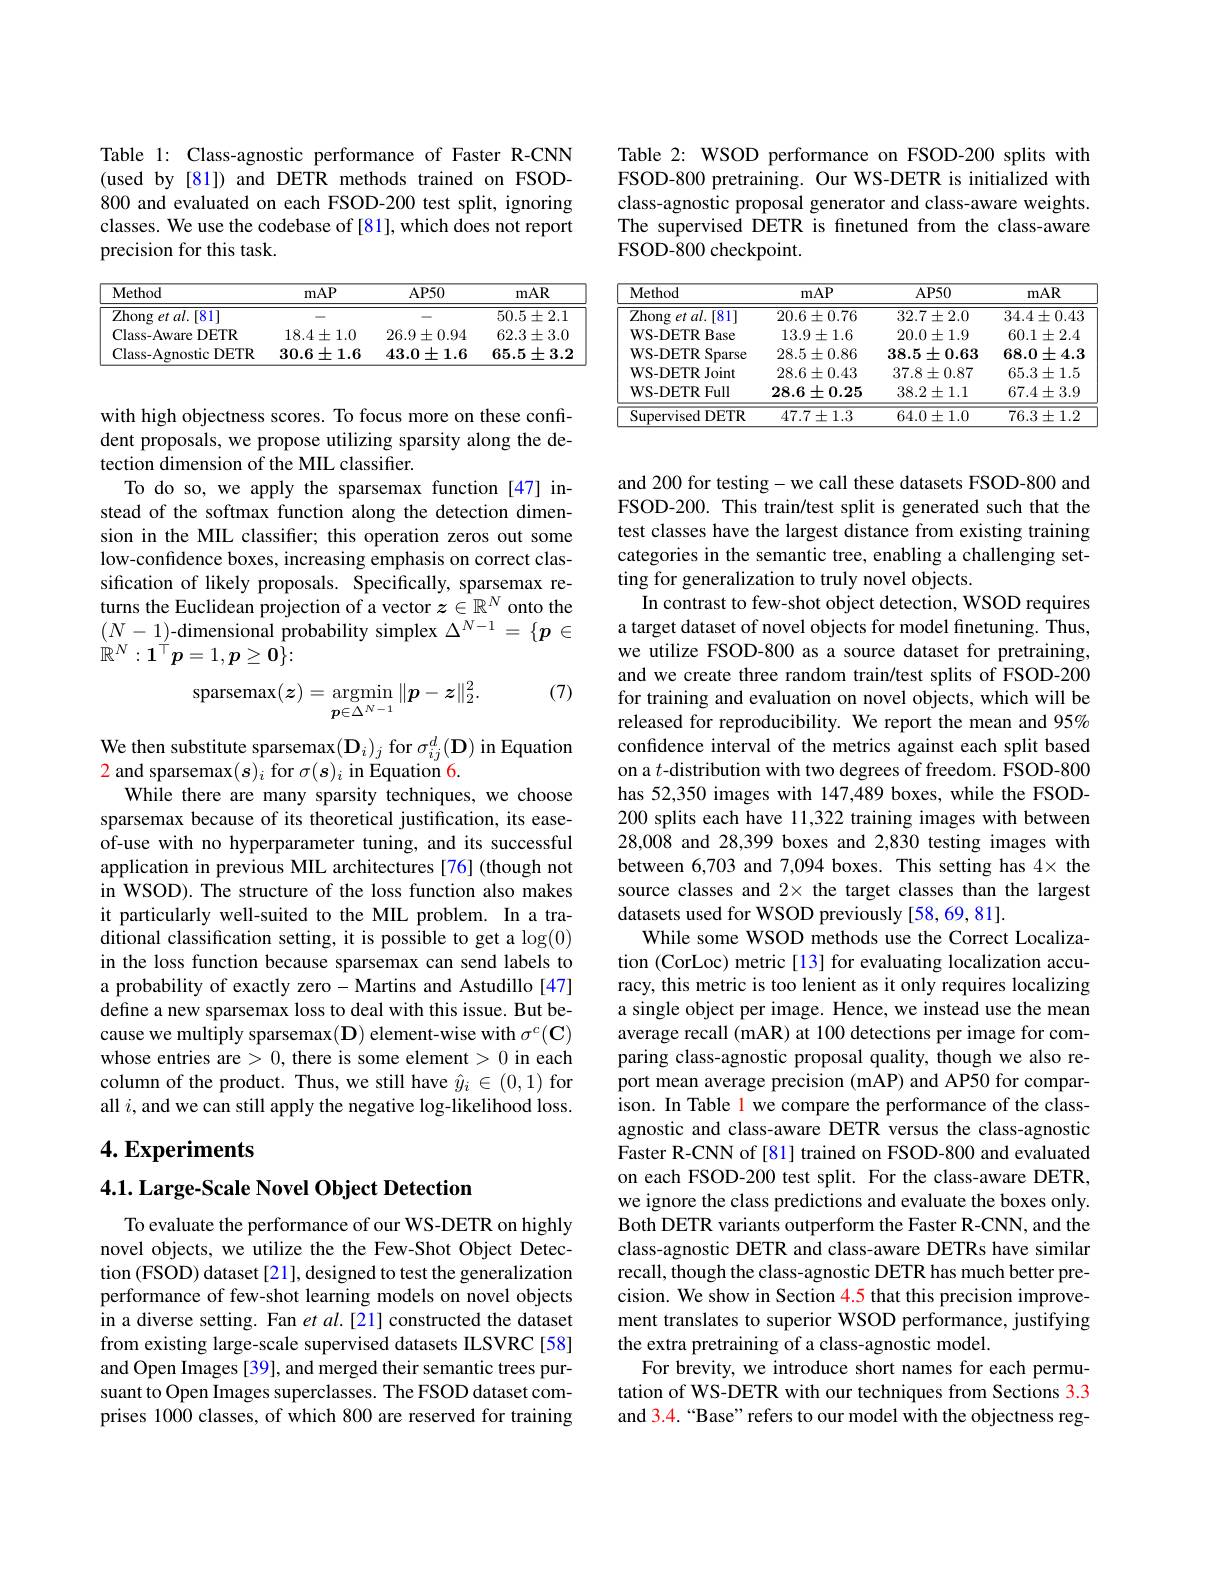
Table 1: Class-agnostic performance of Faster R-CNN (used by[81]) and DETR methods trained on FSOD- 800 and evaluated on each FSOD-200 test split, ignoring classes. We use the codebase of [81], which does not report precision for this task.

<table>
	<tbody>
		<tr>
			<th>Method</th>
			<th>mAP</th>
			<th>$AP50$</th>
			<th>mAR</th>
		</tr>
		<tr>
			<td>Zhong et al. [ 81] </td>
			<td> </td>
			<td> </td>
			<td>$50.5\pm2.1$</td>
		</tr>
		<tr>
			<td>Class-Aware DETR</td>
			<td>$18.4\pm1.0$</td>
			<td>$26.9\pm0.94$</td>
			<td>$62.3\pm3.0$</td>
		</tr>
		<tr>
			<td>Class- Agnostic DETR</td>
			<td>$30.6\pm1.6$</td>
			<td>$43.0\pm1.6$</td>
			<td>$65.5\pm3.2$</td>
		</tr>
	</tbody>
</table>

with high objectness scores. To focus more on these confident proposals, we propose utilizing sparsity along the detection dimension of the MIL classifier.
To do so, we apply the sparsemax function [47] instead of the softmax function along the detection dimension in the MIL classifier; this operation zeros out some low-confdence boxes, increasing emphasis on correct classification of likely proposals. Specifically, sparsemax returns the Euclidean projection of a vector $z\in\mathbb{R}^N$ onto the $(N-1)$-dimensional probability simplex $\Delta^N-1=\{p\in$ $\dot{\mathbb{R}}^N:1^{\acute{\top}}p=1,\boldsymbol{p}\geq\boldsymbol{0}\}:$
(7)
$$\mathop{\mathrm{sparsemax}}(\boldsymbol{z})=\mathop{\mathrm{argmin}}_{\boldsymbol{p}\in\Delta^{N-1}}\|\boldsymbol{p}-\boldsymbol{z}\|_{2}^{2}.$$
We then substitute sparsemax$(\mathbf{D}_{i})_{j}$ for $\sigma_ij^d(\mathbf{D})$ in Equation
$\color{red}{2\text{ and sparsemax}(\boldsymbol{s})_i\text{ for }\sigma(\boldsymbol{s})_i\text{ in Equation 6.}}$
While there are many sparsity techniques, we choose sparsemax because of its theoretical justification, its ease- ${\mathrm{of-use~with~no~hyperparameter~tuning,~and~its~successful}}$ application in previous MIL architectures [76] (though not in WSOD). The structure of the loss function also makes it particularly well-suited to the MIL problem. In a traditional classification setting, it is possible to get a $\log(0)$ in the loss function because sparsemax can send labels to a probability of exactly zero- Martins and Astudillo [47] define a new sparsemax loss to deal with this issue. But because we multiply sparsemax(D) element-wise with $\sigma^c(\mathbf{C})$ whose entries are > 0, there is some element > 0 in each column of the product. Thus, we still have $\hat{y}_i\in(0,1)$ for all $i$, and we can still apply the negative log-likelihood loss.

## $4. \textbf{Experiments}$

### $4. 1. \textbf{Large- Scale Novel Object Detection}$

To evaluate the performance of our WS-DETR on highly novel objects, we utilize the the Few-Shot Object Detection (FSOD) dataset [21], designed to test the generalization performance of few-shot learning models on novel objects in a diverse setting. Fan et al.[21] constructed the dataset from existing large-scale supervised datasets ILSVRC [58] and Open Images [39], and merged their semantic trees pursuant to Open Images superclasses. The FSOD dataset comprises 1000 classes, of which 800 are reserved for training

Table 2: WSOD performance on FSOD-200 splits with FSOD-800 pretraining. Our WS-DETR is initialized with class-agnostic proposal generator and class-aware weights. The supervised DETR is fnetuned from the class-aware FSOD-800 checkpoint.

<table>
	<tbody>
		<tr>
			<th>Method</th>
			<th>mAP</th>
			<th>$AP50$</th>
			<th>mAR</th>
		</tr>
		<tr>
			<td>$Z$hong et al.[81]</td>
			<td>$20.6\pm0.76$</td>
			<td>$32.7\pm2.0$</td>
			<td>$34.4\pm0.43$</td>
		</tr>
		<tr>
			<td>WS-DETR Base</td>
			<td>$13.9\pm1.6$</td>
			<td>$20.0\pm1.9$</td>
			<td>$60.1\pm2.4$</td>
		</tr>
		<tr>
			<td>WS-DETR Sparse</td>
			<td>$28.5\pm0.86$</td>
			<td>$38.5\pm0.63$</td>
			<td>$68.0\pm4.3$</td>
		</tr>
		<tr>
			<td>WS- DETR Joint</td>
			<td>$28.6\pm0.43$</td>
			<td>$37.8\pm0.87$</td>
			<td>$65.3\pm1.5$</td>
		</tr>
		<tr>
			<td>WS-DETR Full</td>
			<td>$28.6\pm0.25$</td>
			<td>$38.2\pm1.1$</td>
			<td>$67.4\pm3.9$</td>
		</tr>
		<tr>
			<td>Supervised DETR</td>
			<td>$47.7\pm1.3$</td>
			<td>$64.0\pm1.0$</td>
			<td>$76.3\pm1.2$</td>
		</tr>
	</tbody>
</table>

and 200 for testing- we call these datasets FSOD-800 and FSOD-200. This train/test split is generated such that the test classes have the largest distance from existing training categories in the semantic tree, enabling a challenging setting for generalization to truly novel objects.
In contrast to few-shot object detection, WSOD requires a target dataset of novel objects for model finetuning. Thus, we utilize FSOD-800 as a source dataset for pretraining, and we create three random train/test splits of FSOD-200 for training and evaluation on novel objects, which will be released for reproducibility. We report the mean and 95% confidence interval of the metrics against each split based on a $t$-distribution with two degrees of freedom. FSOD-800 has 52,350 images with 147,489 boxes, while the FSOD- 200 splits each have 11,322 training images with between 28,008 and 28,399 boxes and 2,830 testing images with between 6,703 and 7,094 boxes. This setting has 4× the source classes and 2× the target classes than the largest datasets used for WSOD previously [58,69,81].
While some WSOD methods use the Correct Localization (CorLoc) metric[13] for evaluating localization accuracy, this metric is too lenient as it only requires localizing a single object per image. Hence, we instead use the mean average recall (mAR) at 100 detections per image for comparing class-agnostic proposal quality, though we also report mean average precision (mAP) and AP50 for comparison. In Table 1 we compare the performance of the classagnostic and class-aware DETR versus the class-agnostic Faster R-CNN of [81] trained on FSOD-800 and evaluated on each FSOD-200 test split. For the class-aware DETR, we ignore the class predictions and evaluate the boxes only. Both DETR variants outperform the Faster R-CNN, and the class-agnostic DETR and class-aware DETRs have similar recall, though the class-agnostic DETR has much better precision. We show in Section 4.5 that this precision improvement translates to superior WSOD performance, justifying the extra pretraining of a class-agnostic model.
For brevity, we introduce short names for each permutation of WS-DETR with our techniques from Sections 3.3 and 3.4.“Base”refers to our model with the objectness reg-